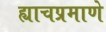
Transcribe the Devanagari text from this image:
ह्याचप्रमाणे